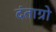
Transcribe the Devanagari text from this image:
दंताग्रो